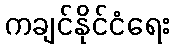
ကချင်နိုင်ငံရေး